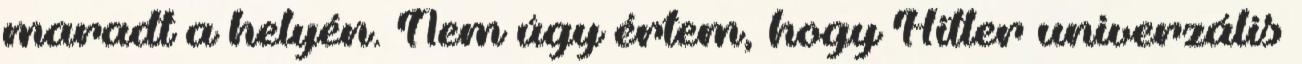
maradt a helyén. Nem úgy értem, hogy Hitler univerzális